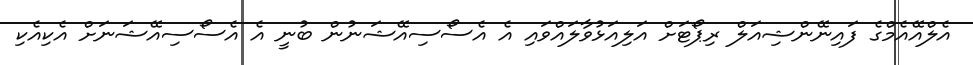
އެލްއޭއެމްގެ ފައިނޭންޝިއަލް ރިޕޯޓަށް އަލިއަޅުވާލައްވައި އެ އެސޯސިއޭޝަނުން ބުނީ އެ އެސޯސިއޭޝަނަށް އެކިއެކި